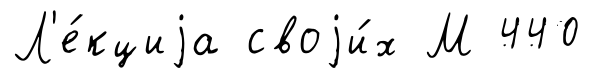
Л'е́кциjа своjи́х М 440